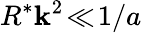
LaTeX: R^{*}\mathbf{k}^{2}\! \ll\! 1/a